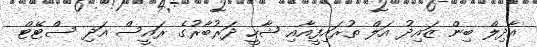
އާދިލް ބިން ޒައިދު އަލް ތުރައިފީއާއި ޝާހީ ދަރުބާރުގެ ރައީސް އަދި ސްޓޭޓް